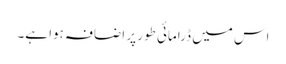
اس میں ڈرامائی طور پر اضافہ ہوا ہے۔